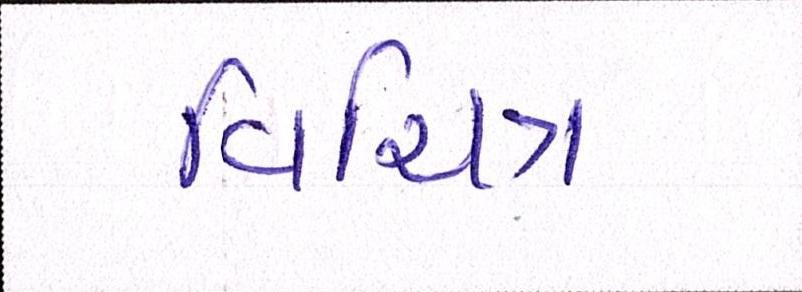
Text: વિચિત્ર